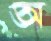
অ